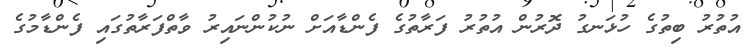
އުތުރު ބިތުގެ ހުޅަނގު ދޮރުން އުތުރު ފަރާތުގެ ފެންޑާއަށް ނުކުންނައިރު ވާތްފަރާތުގައި ފެންޑާމުގެ